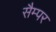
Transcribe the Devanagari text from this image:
सैम्पर